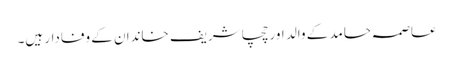
عاصمہ حامد کے والد اور چچا شریف خاندان کے وفادار ہیں۔